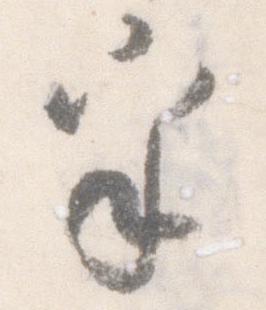
乎